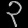
Digit: ၃